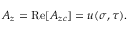
A _ { z } = \mathrm { R e } [ A _ { z c } ] = u ( \sigma , \tau ) .